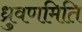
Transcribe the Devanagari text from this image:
ध्रुवणमिति